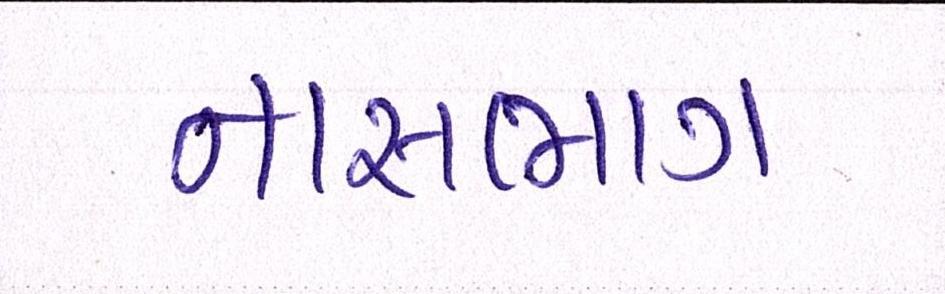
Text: નાસભાગ